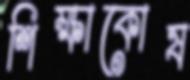
শিক্ষাকোষ